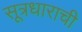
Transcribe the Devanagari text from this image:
सूत्रधाराची